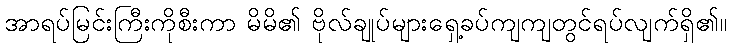
အာရပ်မြင်းကြီးကိုစီးကာ မိမိ၏ ဗိုလ်ချုပ်များရှေ့ခပ်ကျကျတွင်ရပ်လျက်ရှိ၏။